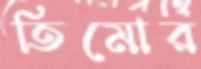
তিমোর